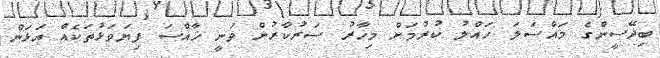
ބިދޭސީންގެ މައްސަލަ ހައްލު ކުރުމަށް މިހާރު ސަރުކާރުން ވަނީ ޚާއްސަ ފިޔަވަޅުތަކެއް އަޅަން